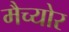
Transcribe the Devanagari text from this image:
मैच्योर